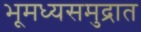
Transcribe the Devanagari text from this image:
भूमध्यसमुद्रात